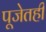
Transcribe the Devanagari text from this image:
पूजेतही